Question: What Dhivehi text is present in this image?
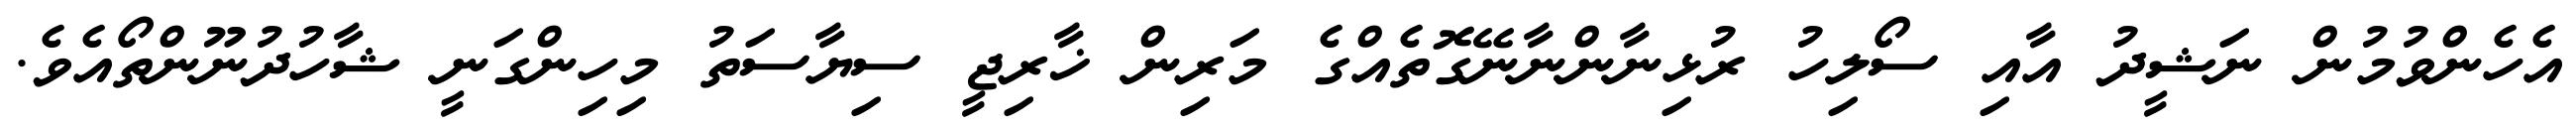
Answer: އެހެންވުމުން ނަޝީދު އާއި ސޯލިހު ރުޅިނާންނާނޭގޮތެއްގެ މަރިން ޚާރިޖީ ސިޔާސަތު މިހިންގަނީ ޝާހުދުނޫންތޯއެވެ.